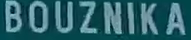
BOUZNIKA